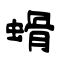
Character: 螖